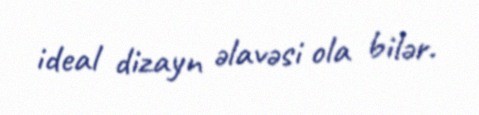
ideal dizayn əlavəsi ola bilər.